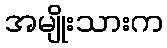
အမျိုးသားက